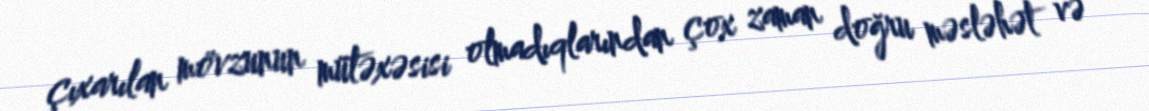
çıxarılan mövzunun mütəxəsisi olmadıqlarından çox zaman doğru məsləhət və